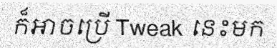
ក៏អាចប្រើ Tweak នេះមក